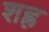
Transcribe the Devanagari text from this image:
शह्र